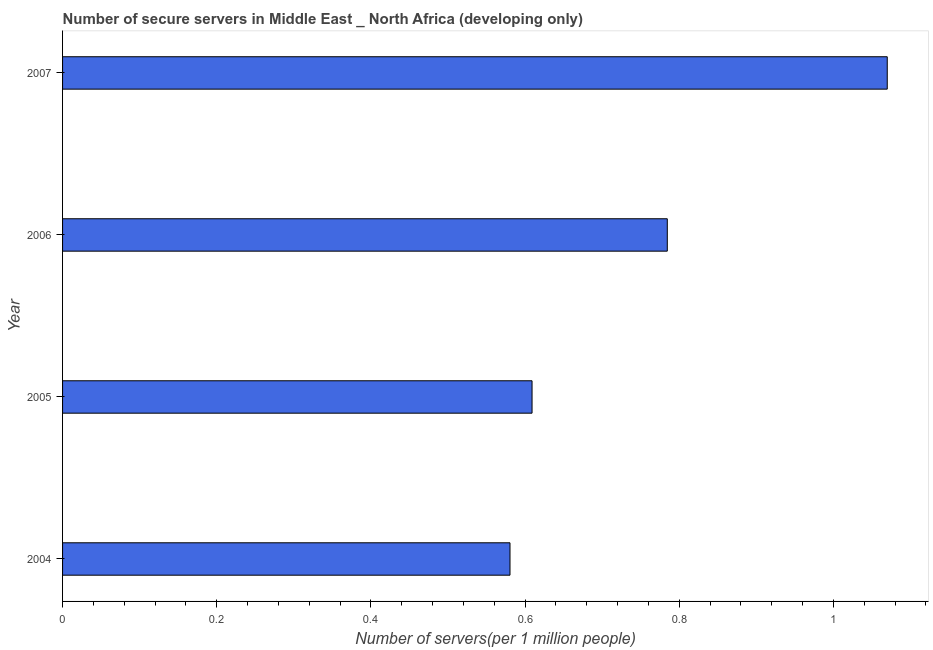
| Year | Secure Internet servers |
 | --- | --- |
 | 2004 | 0.58 |
 | 2005 | 0.609 |
 | 2006 | 0.785 |
 | 2007 | 1.07 |